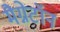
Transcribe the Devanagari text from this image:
मैग्नेटॉन